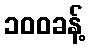
၁၀၀ခန့်